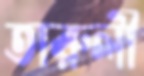
তারুলী